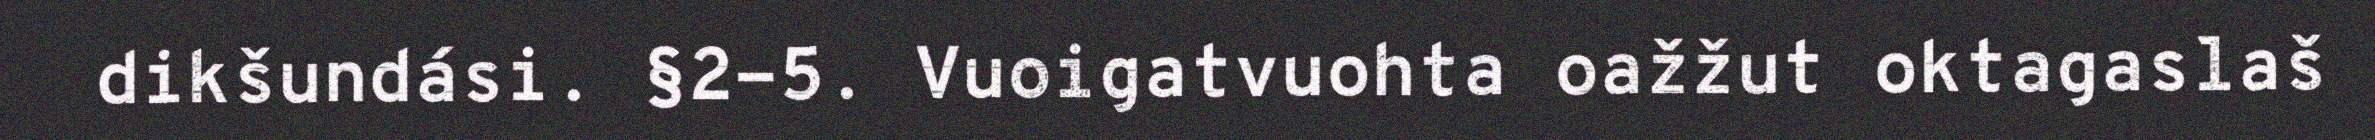
dikšundási. §2-5. Vuoigatvuohta oažžut oktagaslaš